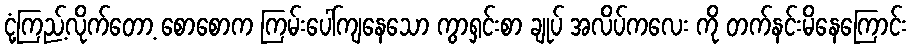
ငုံ့ကြည့်လိုက်တော့ စောစောက ကြမ်းပေါ်ကျနေသော ကွာရှင်းစာ ချုပ် အလိပ်ကလေး ကို တက်နင်းမိနေကြောင်း